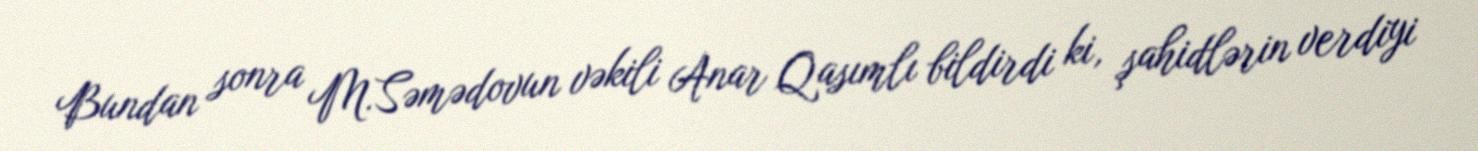
Bundan sonra M.Səmədovun vəkili Anar Qasımlı bildirdi ki, şahidlərin verdiyi